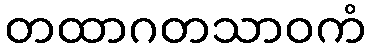
တထာဂတသာဝကံ